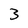
Character: 3